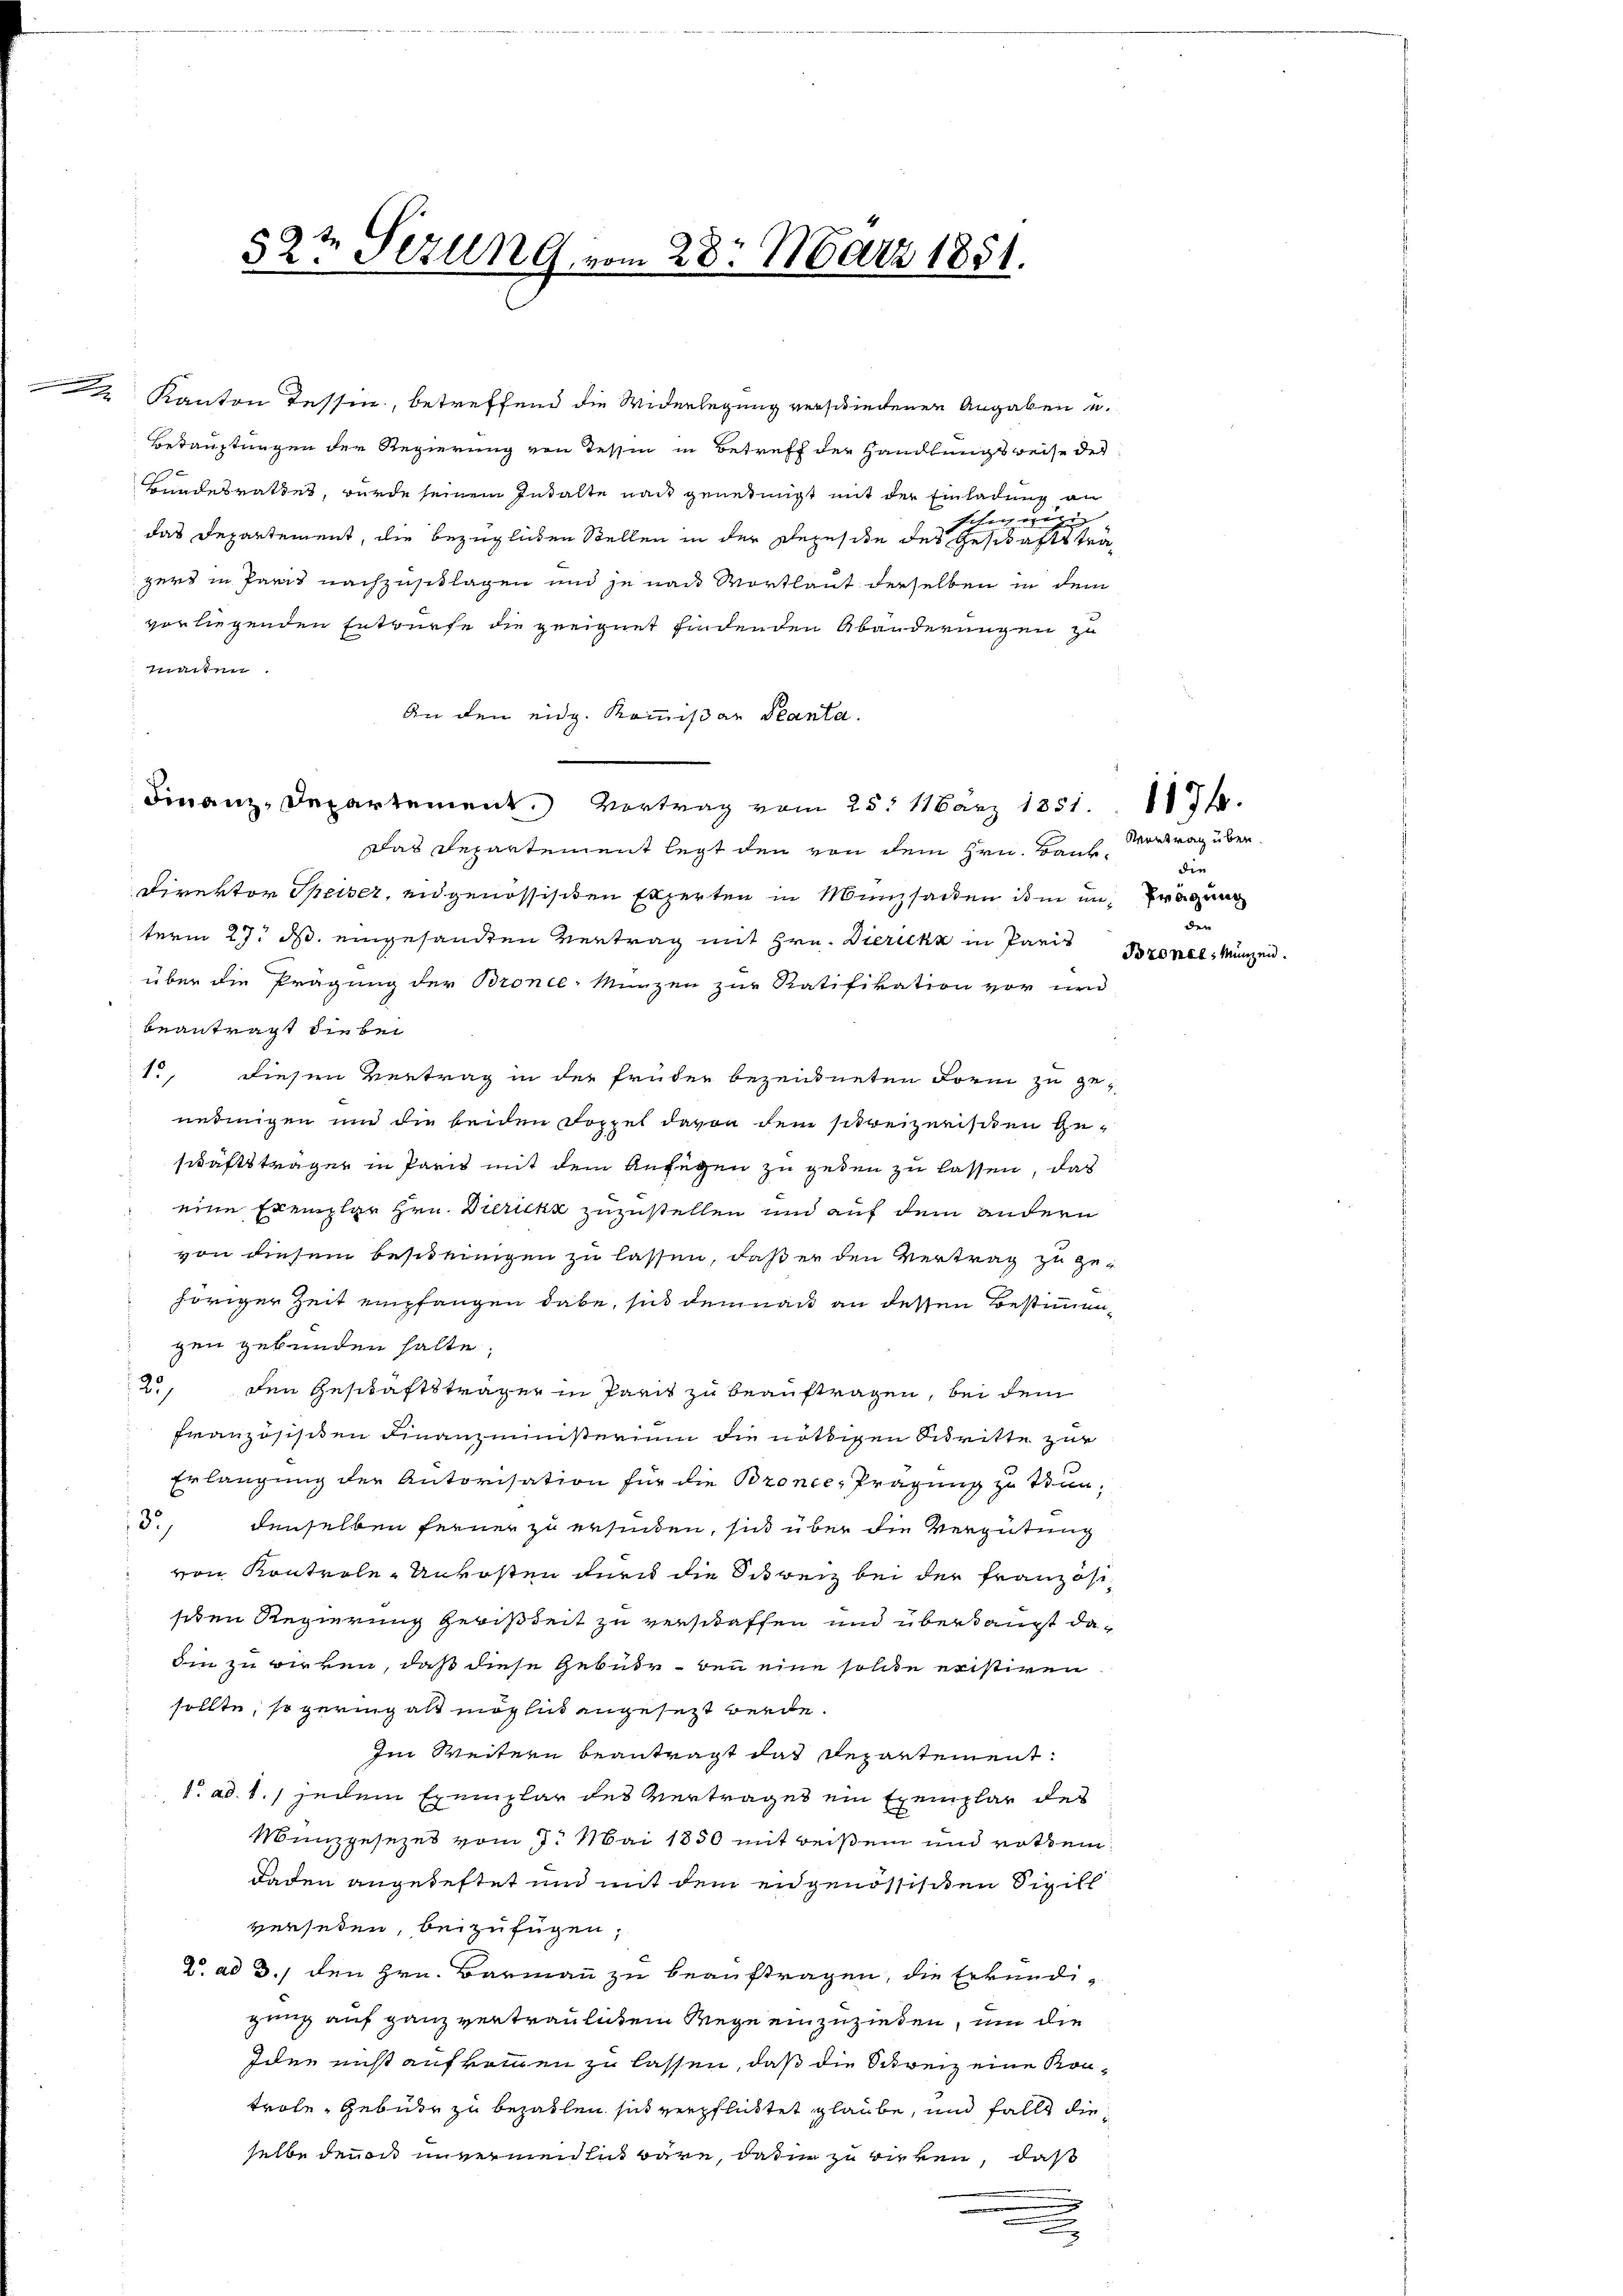
.

52t Sizung vom 28. März 1851.

Kanton Tessin, betreffend die Widerlegung verschiedenen Angaben u.
Betauftungen der Regierung von Tessin in Betreff der Handlungsweise des
Bundesrathes, wurde seinem Inhalte nach genehmigt mit der Einladung an
Schoch ergi
das Departement, die bezüglichen Stellen in der Repusite des Geschäftsträgers in Paris nachzusetlagen und je nach Wortlaut derselben in dem
vorliegenden Entwürfe die geeignet findenden Abänderungen zu
machen.
An den eidg. Kommißär Planta.
Finanz-Departement. Vortrag vom 25. März 1851. 1176.
das Departement legt den von dem Hrn. Bank¬
Direktor Speiser, en genössischen Experten in Münzsacken im un tragung
term 27. ds. eingesandten Vertrag mit Hrn. Dierich in Paris
über die Prägung der Bronce-Münzen zur Ratifikation vor und
beantragt die bei
13
diesen Vertrag in der früher bezeichneten Form zu genedingen und die beiden Doppel davon dem schreizerissen Geschäftsträger in Paris mit dem Anfügen zu geden zu lassen, daß
eine Exemplar Hrn. Diricke zuzustellen und auf dem andern
von diesem Besitzungen zu lassen, daß er den Vertrag zu gehöriger Zeit empfangen dabe, sich demnach an dessen Bestimmengen gebunden halte.
2., den Geschäftsträger in Paris zu beauftragen, bei dem
französischen Finanzministerium die nöthigen diritte zur
Erlangung der Autorisation für die Bronce, Prägung zu tun¬
5., denselben ferner zu erfinden, sich über die Vergütung
von Kontrole-Unkosten durch die Schweiz bei der Französisiten Regierung gewißheit zu verschaffen und überhaupt dadin zu wirken, daß diese Gebühr den eine solche eristiren
sollte, so geringelt möglid angesezt werde.
Im Weitern beantragt das Departement:
f. ad 1., jedem Exemplar des Vertrages ein Exemplar des
Münzgesezes vom 7. Mai 1850 mit reißem und rothem
Faden angeheftet und mit dem eidgenössisiten Sigill
versehen, beizufügen,
C. ad 3., den Hrn. Barmann zu beauftragen, die Erkundigung auf ganz vertraulichem Wege einzuziehen, um die
Iden nicht aufkommen zu lassen, daß die Schweiz eine Kontrole, Gebühr zu bezahlen sich verpflicktet glaube, und falls die
selbe denen unvermeidlich wäre, dafür zu wirken, daß
n

x

Vertrag über.
die
eder

Bzonel, Münzen